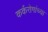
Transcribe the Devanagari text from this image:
कर्करोगांच्या